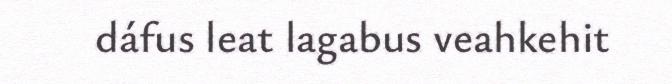
dáfus leat lagabus veahkehit